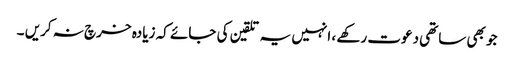
جو بھی ساتھی دعوت رکھے ، انہیں یہ تلقین کی جائے کہ زیادہ خرچ نہ کریں ۔